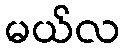
မယ်လ